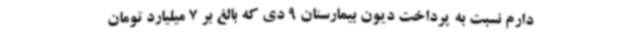
دارم نسبت به پرداخت دیون بیمارستان 9 دی که بالغ بر 7 میلیارد تومان